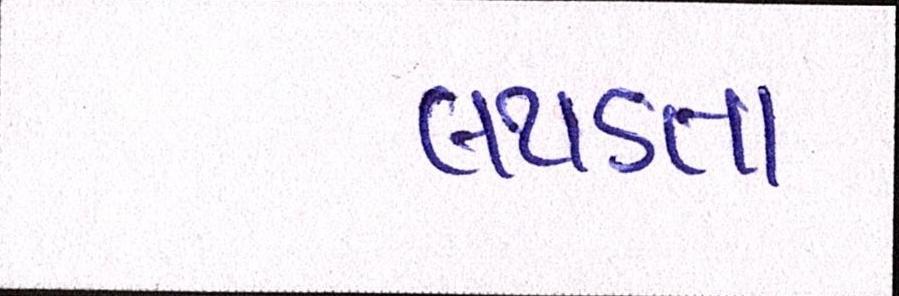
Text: લથડતા